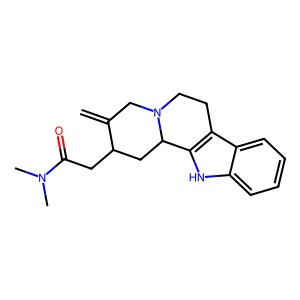
SMILES: C=C1CN2CCc3c([nH]c4ccccc34)C2CC1CC(=O)N(C)C
Inhibits HIV replication: No